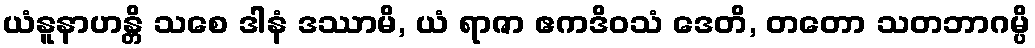
ယံနူနာဟန္တိ သစေ ဒါနံ ဒဿာမိ, ယံ ရာဇာ ဧကဒိဝသံ ဒေတိ, တတော သတဘာဂမ္ပိ